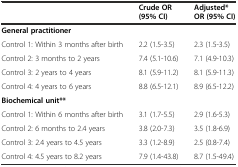
|  | Crude OR (95% CI) | Adjusted* OR (95% CI) |
 | --- | --- | --- |
 | General practitioner |  |  |
 | Control 1: Within 3 months after birth | 2.2 (1.5-3.5) | 2.3 (1.5-3.5) |
 | Control 2: 3 months to 2 years | 7.4 (5.1-10.6) | 7.1 (4.9-10.3) |
 | Control 3: 2 years to 4 years | 8.1 (5.9-11.2) | 8.1 (5.9-11.3) |
 | Control 4: 4 years to 6 years | 8.8 (6.5-12.1) | 8.9 (6.5-12.2) |
 | Biochemical unit** |  |  |
 | Control 1: Within 6 months after birth | 3.1 (1.7-5.5) | 2.9 (1.6-5.3) |
 | Control 2: 6 months to 2.4 years | 3.8 (2.0-7.3) | 3.5 (1.8-6.9) |
 | Control 3: 2.4 years to 4.5 years | 3.3 (1.2-8.9) | 2.5 (0.8-7.4) |
 | Control 4: 4.5 years to 8.2 years | 7.9 (1.4-43.8) | 8.7 (1.5-49.4) |